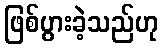
ဖြစ်ပွားခဲ့သည်ဟု